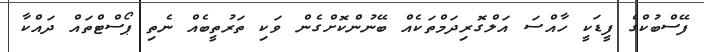
ފޭސްބުކްގެ ފީޑަކީ ހާއްސަ އަލްގޮރިދަމްތަކެއް ބޭނުންކޮށްގެން ވަކި ތަރުތީބެއް ނެތި ޕޯސްޓްތައް ދައްކާ